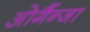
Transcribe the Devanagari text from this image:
ओर्गैन्जा